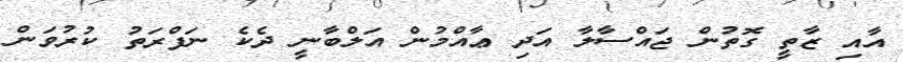
އާއި ޒާތީ ގޮތުން ޖައްސާލާ އަދި ޢާއްމުން އަލްބާނީ ދެކެ ނަފްރަތު ކުރުވަން